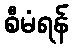
စီမံရန်